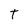
Character: T